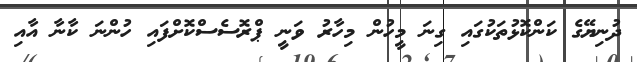
ދުނިޔޭގެ ކަންކޮޅުތަކުގައި ގިނަ މީހުން މިހާރު ވަނީ ޕްރޮސެސްކޮށްފައި ހުންނަ ކާނާ އާއި